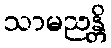
သာမညန္တိ